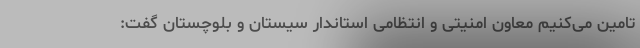
تامین می‌کنیم معاون امنیتی و انتظامی استاندار سیستان و بلوچستان گفت: